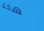
هكذا